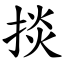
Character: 掞